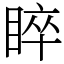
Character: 睟